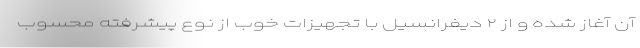
آن آغاز شده و از ۲ دیفرانسیل با تجهیزات خوب از نوع پیشرفته محسوب